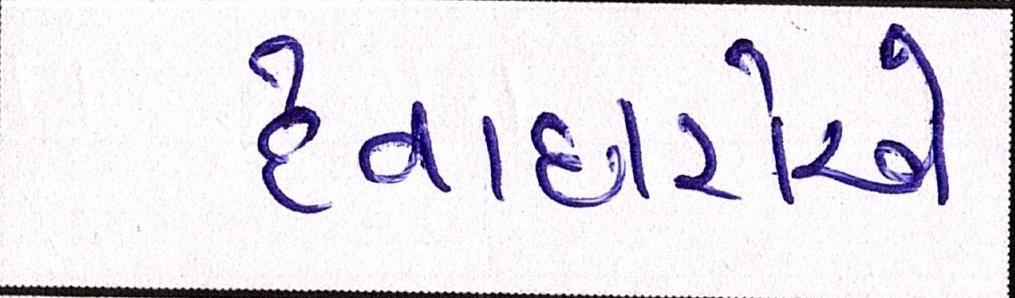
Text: દેવાદારોએ